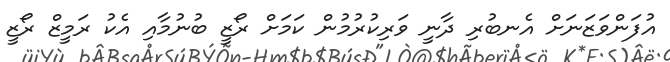
އުފަންވަޒަނަށް އެނބުރި ދާނީ ވަރިކުރުމުން ކަމަށް ރޯޒީ ބުނުމާއި އެކު ރަމީޒް ރޯޒީ